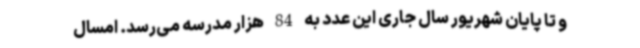
و تا پایان شهریور سال جاری این عدد به 84 هزار مدرسه می‌رسد. امسال